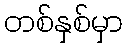
တစ်နှစ်မှာ